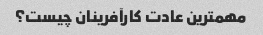
مهمترین عادت کارآفرینان چیست؟